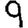
Digit: 9